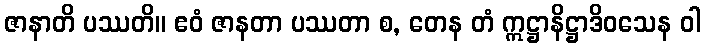
ဇာနာတိ ပဿတိ။ ဧဝံ ဇာနတာ ပဿတာ စ, တေန တံ ဣဋ္ဌာနိဋ္ဌာဒိဝသေန ဝါ